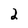
Character: 2